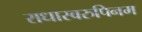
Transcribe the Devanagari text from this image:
राधास्वरुपिनम